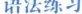
语法练习